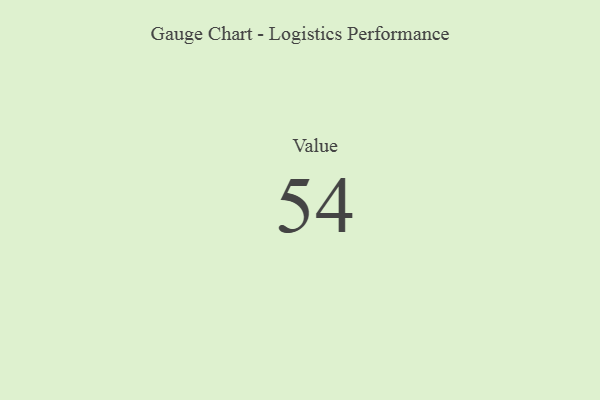
{"axis": {"x": "Metric", "y": "Value"}, "legend": [""], "data": [{"x": "Value", "y": 54, "type": ""}]}